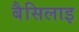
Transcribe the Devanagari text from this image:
बैसिलाइ